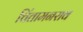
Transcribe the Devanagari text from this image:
चिंतामनराव